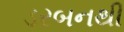
ડરબનથી